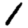
Digit: 1